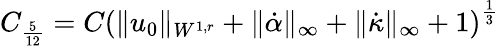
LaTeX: C_{\frac{5}{12}}=C\left(\| u_{0}\| _{W^{1,r}}+\| \dot{\alpha}\| _{\infty}+\| \dot{\kappa}\| _{\infty}+1\right)^{\frac{1}{3}}